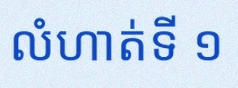
លំហាត់ទី ១